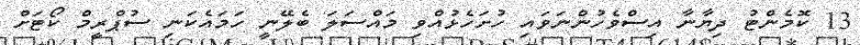
13 ކޮމެންޓު ދިޔާނާ އިސްވެހުންނަވައި ހުށަހެޅުއްވި މައްސަލަ ބެލޭނީ ހަމައެކަނި ސުޕްރީމް ކޯޓަށް